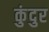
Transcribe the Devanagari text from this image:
कुंदुर